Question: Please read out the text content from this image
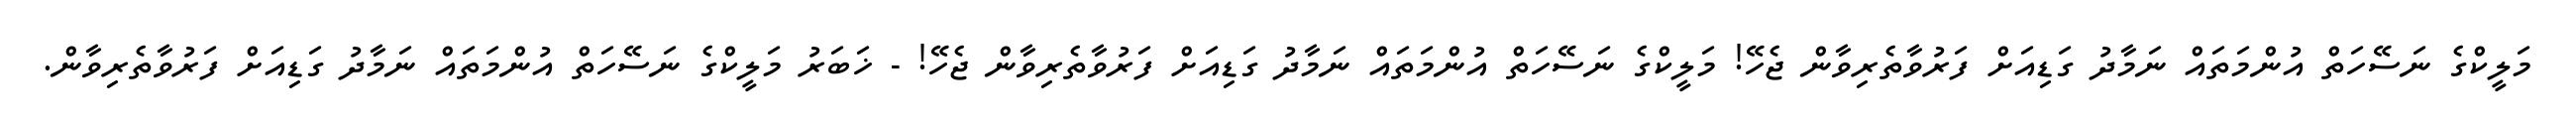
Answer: މަލީކްގެ ނަސޭހަތް އުންމަތައް ނަމާދު ގަޑިއަށް ފަރުވާތެރިވާން ޖެހޭ! މަލީކްގެ ނަސޭހަތް އުންމަތައް ނަމާދު ގަޑިއަށް ފަރުވާތެރިވާން ޖެހޭ! - ޚަބަރު މަލީކްގެ ނަސޭހަތް އުންމަތައް ނަމާދު ގަޑިއަށް ފަރުވާތެރިވާން.